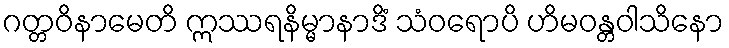
ဂတ္တဝိနာမေတိ ဣဿရနိမ္မာနာဒိံ သံဝရောပိ ဟိမဝန္တဝါသိနော